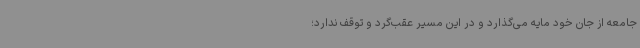
جامعه از جان خود مایه می‌گذارد و در این مسیر عقب‌گرد و توقف ندارد؛